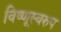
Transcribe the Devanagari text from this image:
विष्णूस्वरुप